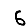
Digit: 6